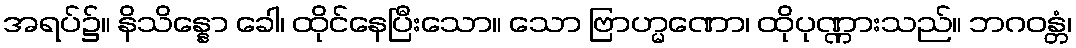
အရပ်၌။ နိသိန္နော ခေါ၊ ထိုင်နေပြီးသော။ သော ဗြာဟ္မဏော၊ ထိုပုဏ္ဏားသည်။ ဘဂဝန္တံ၊